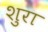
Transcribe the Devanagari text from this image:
शुरा